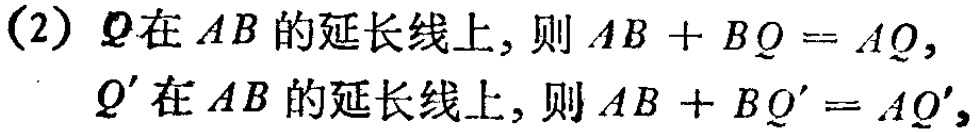
(2) \(Q\)在\(AB\)的延长线上, 则\(AB + BQ = AQ\),
\(Q'\)在\(AB\)的延长线上, 则\(AB + BQ' = AQ'\)